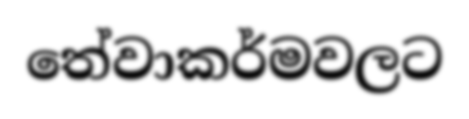
තේවාකර්මවලට